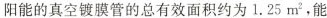
阳能的真空镀膜管的总有效面积约为 1.25m^{2} ，能